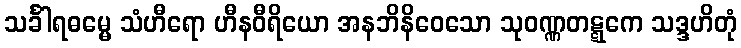
သင်္ခါရဓမ္မေ သံဟီရော ဟီနဝီရိယော အနဘိနိဝေသော သုဝဏ္ဏတဋ္ဋကေ သဒ္ဒဟိတုံ